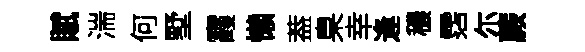
賦湍何墅霞懶葢臬幸逢穠霑尓蕨